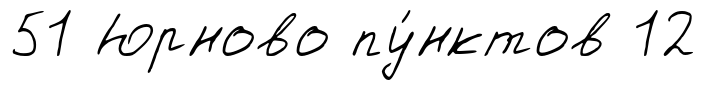
51 Юрново пу́нктов 12